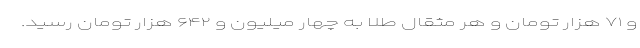
و ۷۱ هزار تومان و هر مثقال طلا به چهار میلیون و ۶۴۲ هزار تومان رسید.